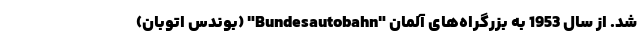
شد. از سال 1953 به بزرگراه‌های آلمان "Bundesautobahn" (بوندس اتوبان)